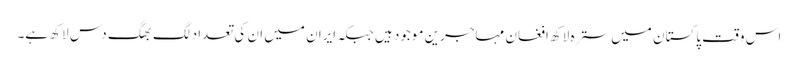
اس وقت پاکستان میں سترہ لاکھ افغان مہاجرین موجود ہیں جبکہ ایران میں ان کی تعداد لگ بھگ دس لاکھ ہے۔